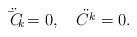
\begin{align*}\ddot{{\bar C}_{k}}=0,\quad\ddot{{C}^{k}}=0.\end{align*}